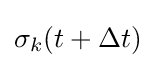
\sigma _{k}(t+\Delta t)